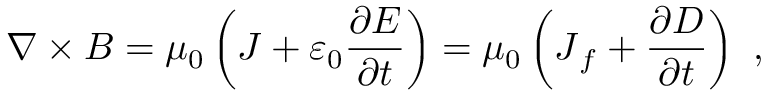
{ \boldsymbol { \nabla \times B } } = \mu _ { 0 } \left( { \boldsymbol { J } } + \varepsilon _ { 0 } { \frac { \partial { \boldsymbol { E } } } { \partial t } } \right) = \mu _ { 0 } \left( { \boldsymbol { J } } _ { f } + { \frac { \partial { \boldsymbol { D } } } { \partial t } } \right) \ ,